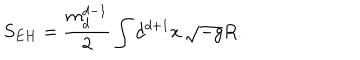
S _ { E H } = \frac { m _ { d } ^ { d - 1 } } { 2 } \int d ^ { d + 1 } x \, \sqrt { - g } R .